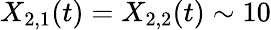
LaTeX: X_{2,1}(t)=X_{2,2}(t)\sim 10